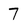
Character: 7